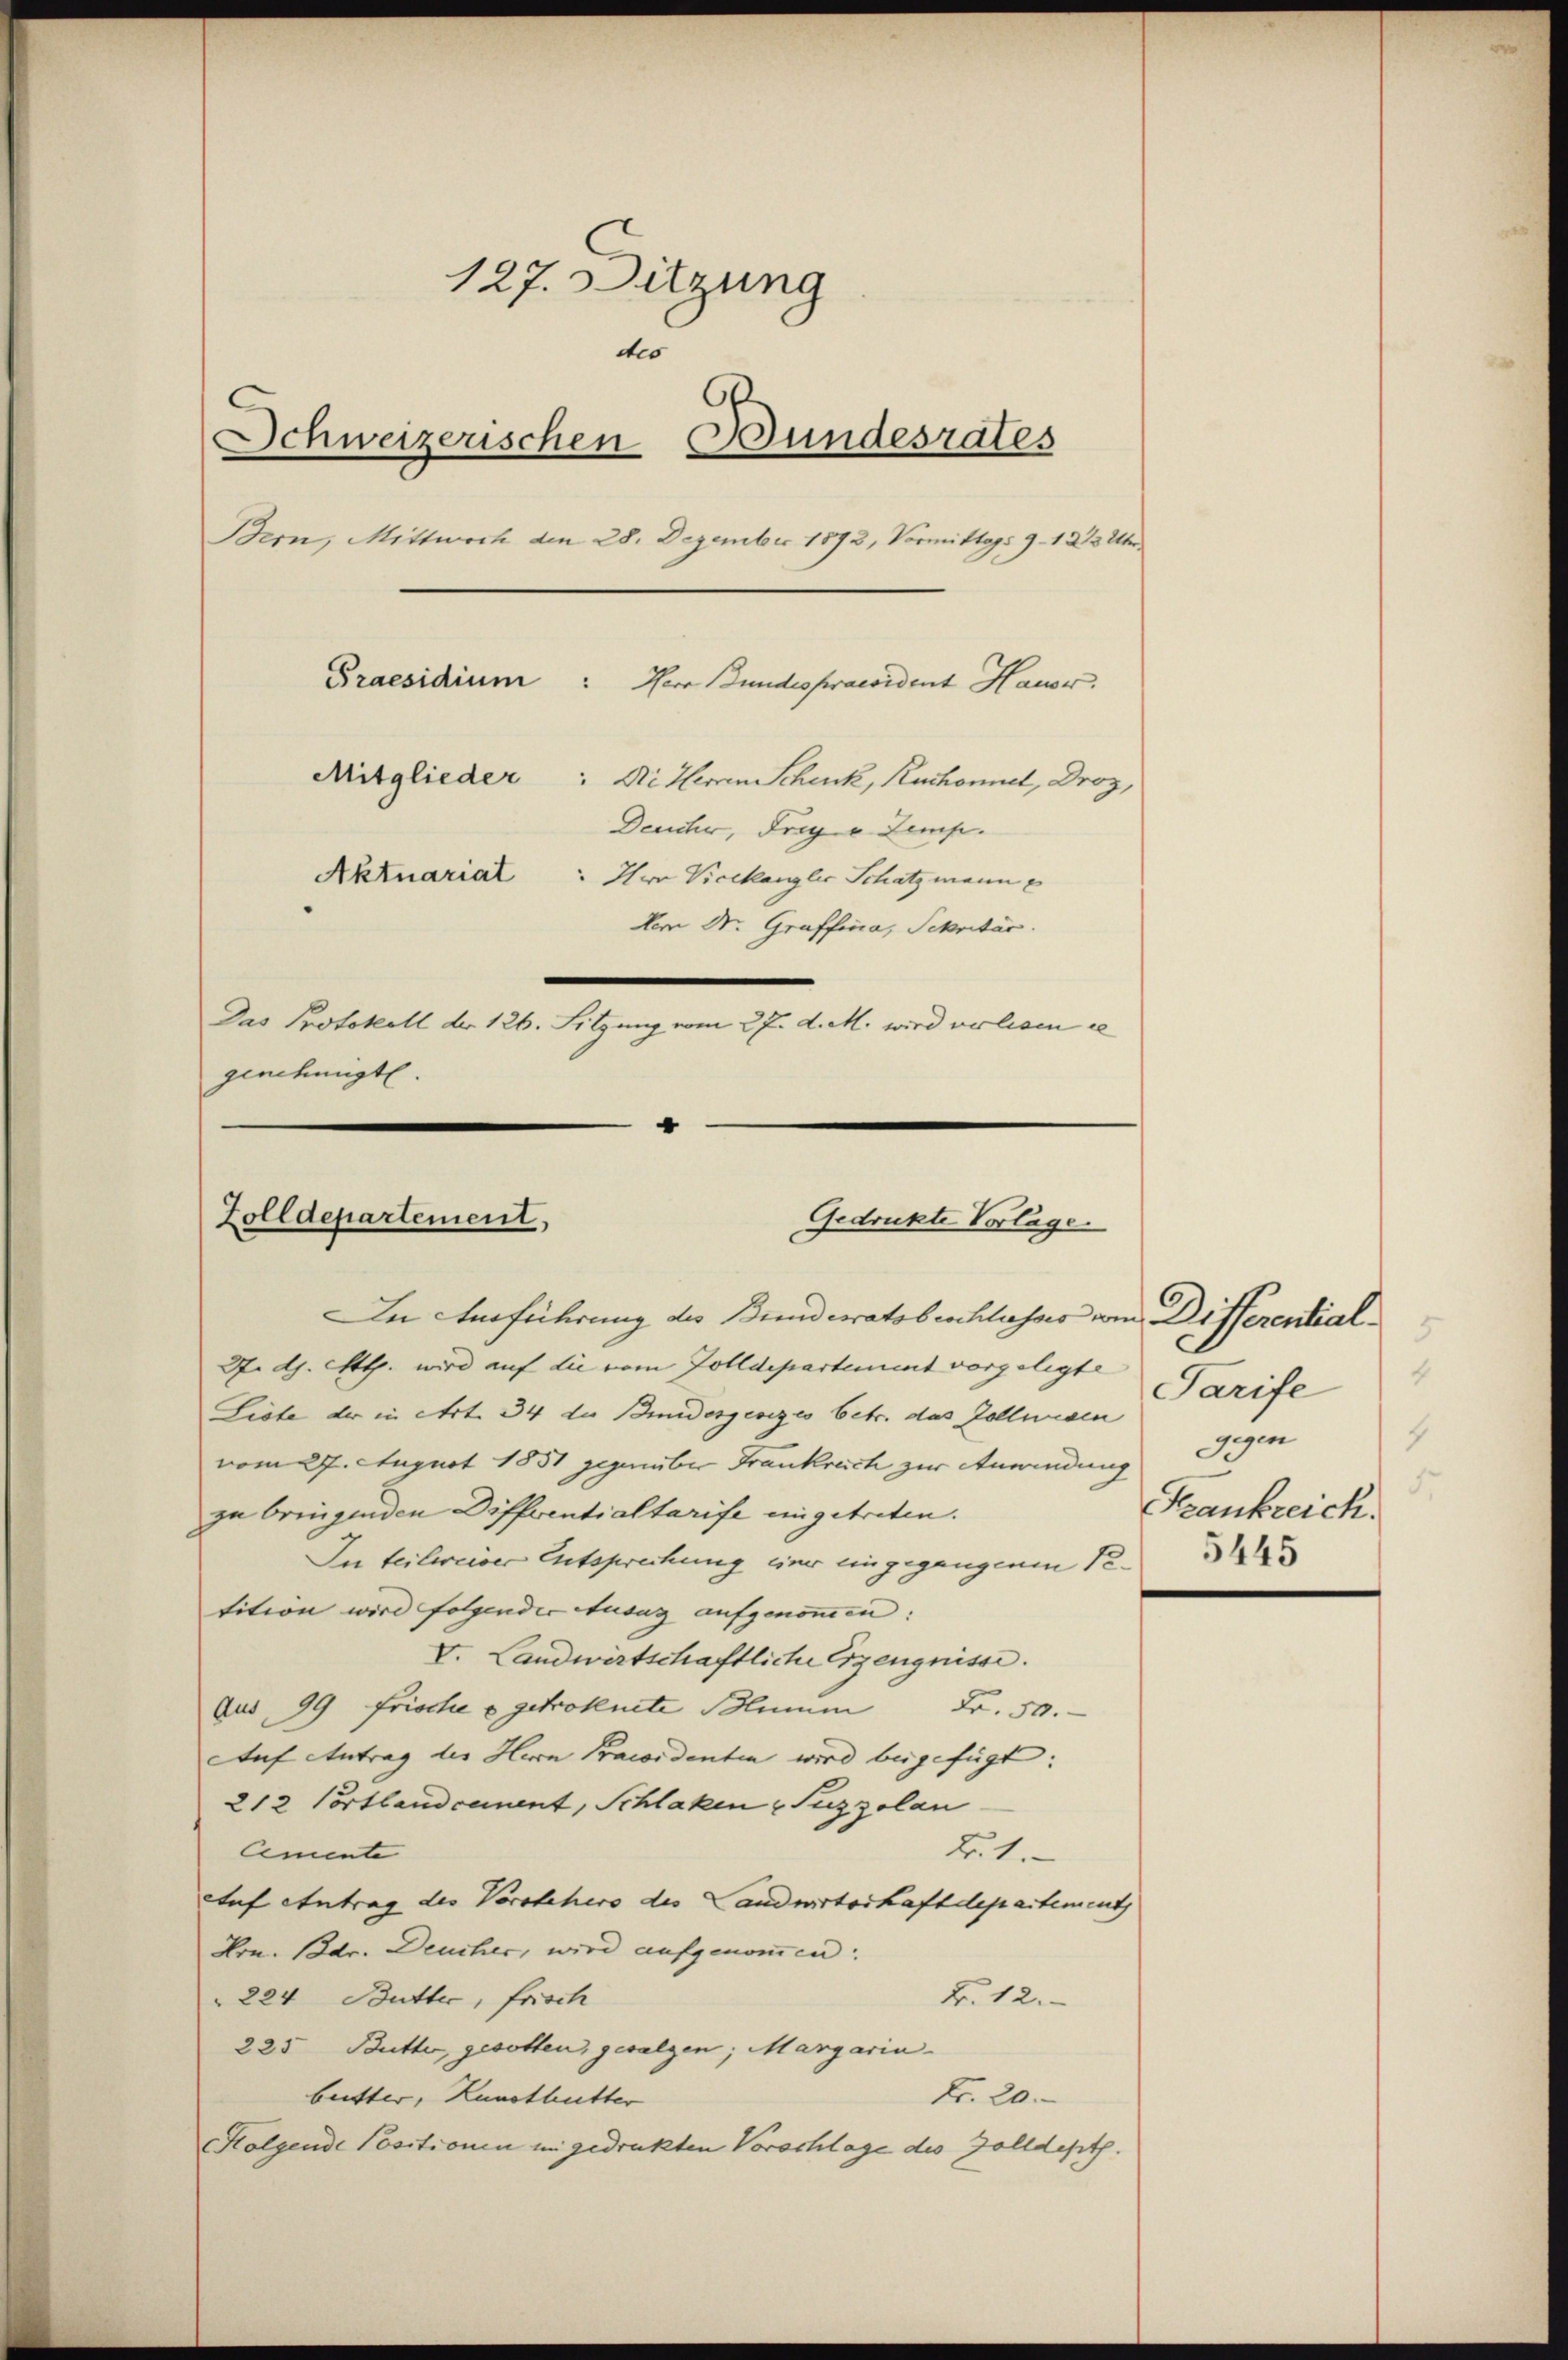
127. Ditzung
des
.
Schweizerischen Bundesrates
Bern, Mittwoch den 28. Dezember 1872, Vormittags 9–1223 Uhr
Praesidium: Herr Bundespraesident Hause.
Mitglieder: Die Herren Schenk, Ruchonnet, Droz,
Deuche, Frage Zemp.
Aktuariat
Herr Vicekanzler Schatzmann
Dem Dr. Graffina, Schretär.
Das Protokoll der 126. Sitzung vom 27. d. M. wird verlesen e
genehmigt.
.

Zolldepartement,
Gedrukte Vorlage.
In Anführung des Bunderatobeschlasses vom Disserential¬

3. d. Mtt. wird auf die vom Zolldepartement vorgelegte
Liste der in Art. 34 der Bindesgesezes betr. das Zollwesen gegen
vom 27. August 1851 gegenüber Frankreich zur Anwendung
zu bringenden Diffventialtarife eingetreten.
In teilweiser Entsprechung einer eingegangenen Ve
tition wird folgender Ausaz aufgenommen:
V. Landwirtschaftliche Erzeugnisse.
Aus 99 Frische u getroknete Blum Fr. 50.
Auf Antrag der Herrn Praesidenten wird beigefügt:
212 Portlandcement, Schlaken (Suzzolan
Cemente
21.
Auf Antrag des Vorstehers des Landwirtschaftdepartement
Hrn. dr. Deucher, wird aufgenommen:
224 Butter, frisch
Fr. 12.
225 Butter, gesotten, gesalzen, Margarin
buitter, Kunstbutter
Fr. 20.
Kolgende Positionen in gedruckten Vorschlage des Zolldept.

3
Tarife
1
Krankreich.